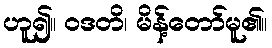
ဟူ၍။ ဝဒတိ၊ မိန့်တော်မူ၏။